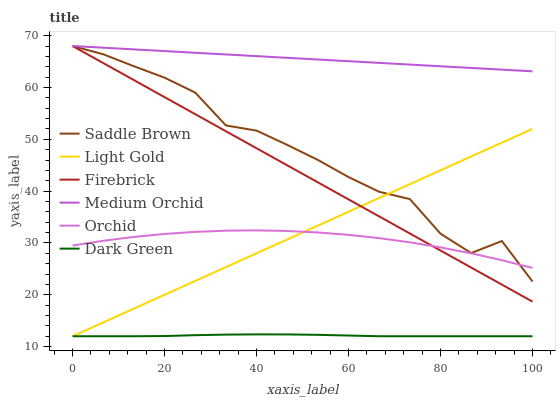
| xaxis_label | Saddle Brown | Light Gold | Firebrick | Medium Orchid | Orchid | Dark Green |
 | --- | --- | --- | --- | --- | --- | --- |
 | 0 | 68 | 12 | 68 | 68 | 29.5 | 12 |
 | 6.67 | 66.4 | 14.7 | 64.7 | 67.7 | 30.4 | 12 |
 | 13.3 | 64.1 | 17.3 | 61.4 | 67.3 | 31.2 | 12 |
 | 20 | 61.9 | 20 | 58.1 | 67 | 31.7 | 12 |
 | 26.7 | 59 | 22.7 | 54.8 | 66.7 | 32.1 | 12.2 |
 | 33.3 | 52.7 | 25.3 | 51.6 | 66.4 | 32.4 | 12.3 |
 | 40 | 51.7 | 28 | 48.3 | 66 | 32.4 | 12.4 |
 | 46.7 | 48.9 | 30.7 | 45 | 65.7 | 32.3 | 12.3 |
 | 53.3 | 46 | 33.3 | 41.7 | 65.4 | 32 | 12.3 |
 | 60 | 42.7 | 36 | 38.4 | 65.1 | 31.6 | 12.1 |
 | 66.7 | 39.9 | 38.7 | 35.1 | 64.7 | 30.9 | 12 |
 | 73.3 | 38.5 | 41.3 | 31.8 | 64.4 | 30.1 | 12 |
 | 80 | 31.8 | 44 | 28.5 | 64.1 | 29.1 | 12 |
 | 86.7 | 28.1 | 46.7 | 25.3 | 63.8 | 28 | 12 |
 | 93.3 | 30.4 | 49.4 | 22 | 63.4 | 26.7 | 12 |
 | 100 | 22.6 | 52 | 18.7 | 63.1 | 25.2 | 12 |